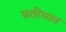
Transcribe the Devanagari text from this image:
यतीमात